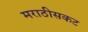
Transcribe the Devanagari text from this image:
मराठीसकट